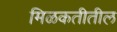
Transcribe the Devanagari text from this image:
मिळकतीतील